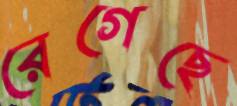
রেগেছে